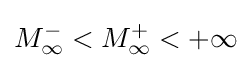
M_{\infty }^{-}<M_{\infty }^{+}<+\infty